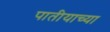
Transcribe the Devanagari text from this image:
पातीयाच्या